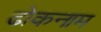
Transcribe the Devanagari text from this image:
ढोकनाम